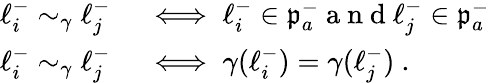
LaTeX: \begin{array}{rl}{\ell_{i}^{-}\sim_{\gamma}\ell_{j}^{-}}&{{}\iff\ell_{i}^{-}\in\mathfrak{p}_{a}^{-}\mathrm{~a~n~d~}\ell_{j}^{-}\in\mathfrak{p}_{a}^{-}}\\ {\ell_{i}^{-}\sim_{\gamma}\ell_{j}^{-}}&{{}\iff\gamma(\ell_{i}^{-})=\gamma(\ell_{j}^{-})~.}\end{array}